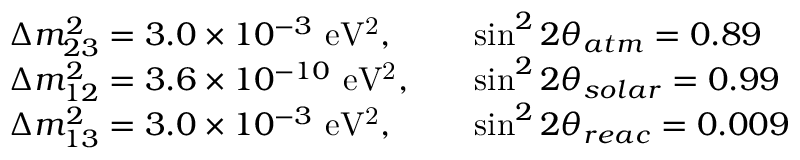
\begin{array} { l l } { { \Delta m _ { 2 3 } ^ { 2 } = 3 . 0 \times 1 0 ^ { - 3 } \ \mathrm { e V ^ { 2 } } , \quad } } & { { \sin ^ { 2 } 2 \theta _ { a t m } = 0 . 8 9 } } \\ { { \Delta m _ { 1 2 } ^ { 2 } = 3 . 6 \times 1 0 ^ { - 1 0 } \ \mathrm { e V ^ { 2 } } , \quad } } & { { \sin ^ { 2 } 2 \theta _ { s o l a r } = 0 . 9 9 } } \\ { { \Delta m _ { 1 3 } ^ { 2 } = 3 . 0 \times 1 0 ^ { - 3 } \ \mathrm { e V ^ { 2 } } , \quad } } & { { \sin ^ { 2 } 2 \theta _ { r e a c } = 0 . 0 0 9 } } \end{array}